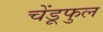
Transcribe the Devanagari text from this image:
चेंडूफुल